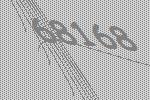
68168